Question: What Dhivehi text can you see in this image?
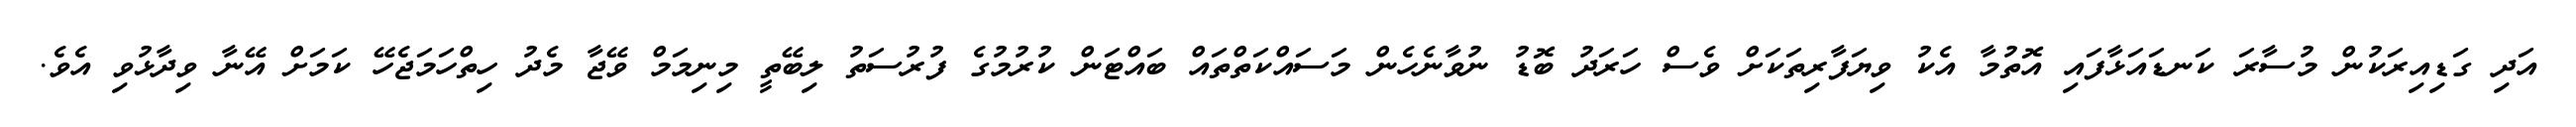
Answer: އަދި ގަޑިއިރަކުން މުސާރަ ކަނޑައަޅާފައި އޮތުމާ އެކު ވިޔަފާރިތަކަށް ވެސް ހަރަދު ބޮޑު ނުވާނެހެން މަސައްކަތްތައް ބައްޓަން ކުރުމުގެ ފުރުސަތު ލިބޭތީ މިނިމަމް ވޭޖާ މެދު ހިތްހަމަޖެހޭ ކަމަށް އޭނާ ވިދާޅުވި އެވެ.